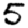
Digit: 5